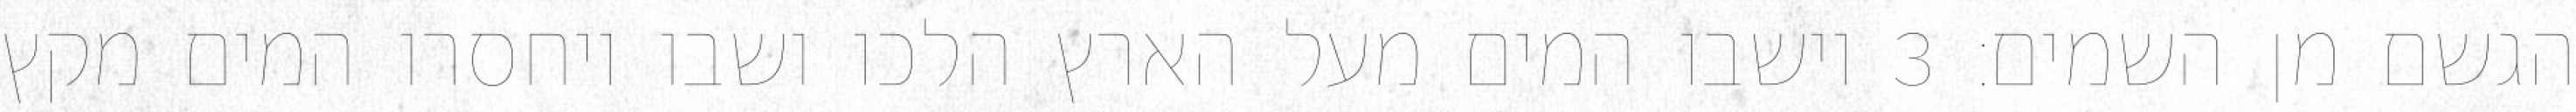
הגשם מן השמים׃ ‎3‏ וישבו המים מעל הארץ הלכו ושבו ויחסרו המים מקץ